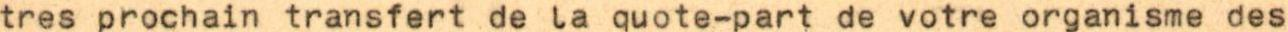
tres prochain transfert de la quote-part de votre organisme des